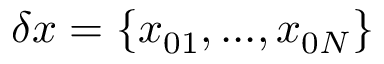
\delta x = \{ x _ { 0 1 } , . . . , x _ { 0 N } \}